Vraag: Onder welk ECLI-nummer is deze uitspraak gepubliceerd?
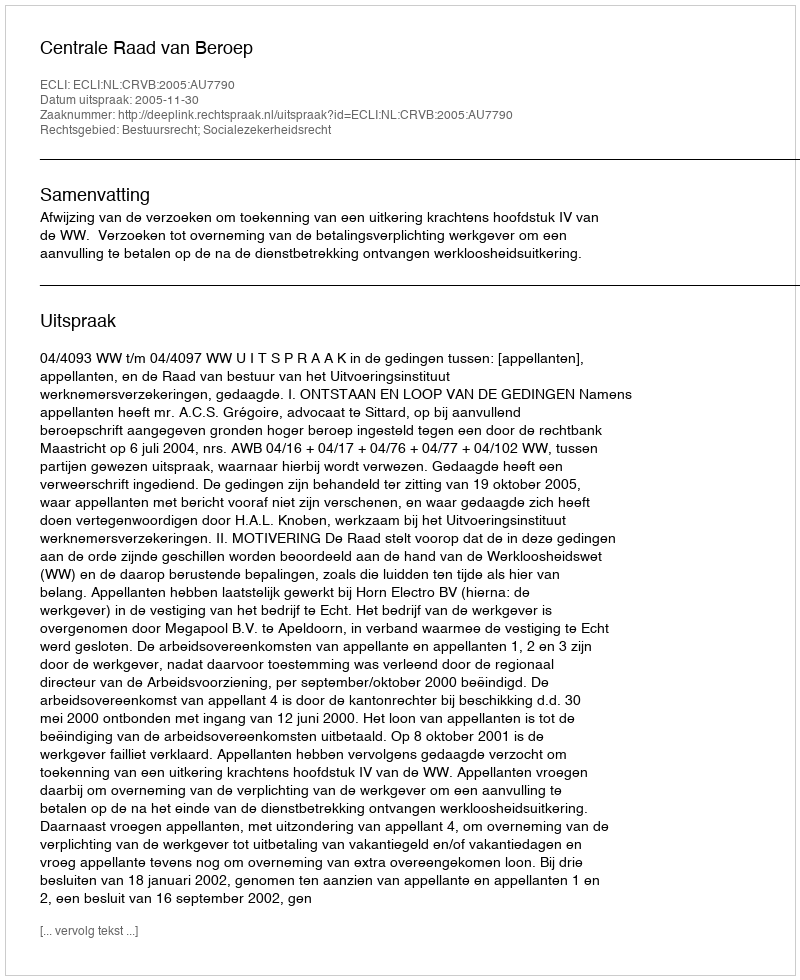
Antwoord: ECLI:NL:CRVB:2005:AU7790